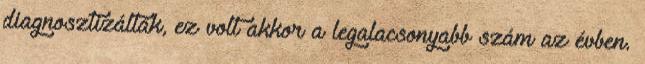
diagnosztizálták, ez volt akkor a legalacsonyabb szám az évben.